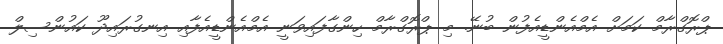
ޕްރޮގްރާމް ކަމަށް އެމްއެންޑީއެފުން ބުނޭ. މި ޕްރޮގްރާމް ހިންގާފައިވަނީ އެމްއެންޑީއެފާއި އިނގުރައިދޫ ކައުންސިލް